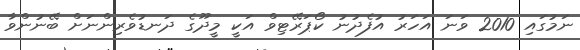
ނަމުގައި 2010 ވަނަ އަހަރު އުފެދުނު ކޯޕަރޭޓިވް އަކީ މީދޫގެ ދަނޑުވެރިންނަށް ބޭނުންވާ